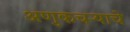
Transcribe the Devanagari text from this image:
अणुकचऱ्याचे